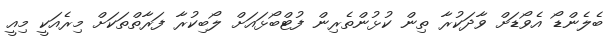
ބެލެންޑޯ އެވޯޑަށް ވާދަކުރާ ތިން ކުޅުންތެރިން ފުޓްބޯޅައަށް ލޯބިކުރާ ފަރާތްތަކަށް މިރެއަކީ މިއީ